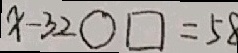
x - 3 2 \bigcirc \square = 5 8